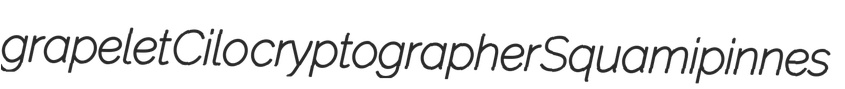
grapelet Cilo cryptographer Squamipinnes